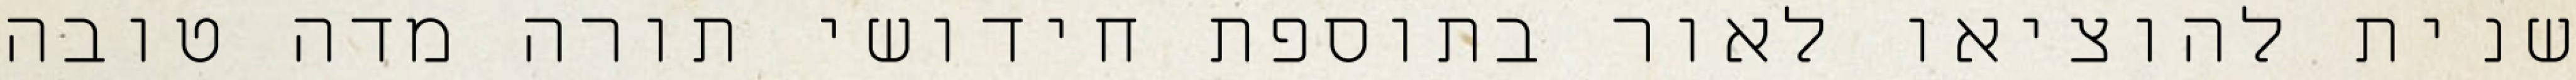
שנית להוציאו לאור בתוספת חידושי תורה מדה טובה